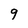
Character: g